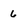
Character: 6